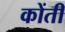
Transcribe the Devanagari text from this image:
कोंती